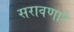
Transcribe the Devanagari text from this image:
सरावणारे